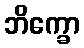
ဘိက္ခော